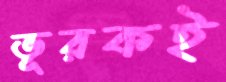
ভূরকই